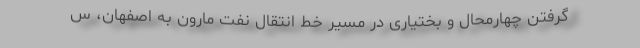
گرفتن چهارمحال و بختیاری در مسیر خط انتقال نفت مارون به اصفهان، س